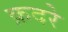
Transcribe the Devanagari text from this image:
क़दरे